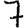
Digit: 7